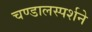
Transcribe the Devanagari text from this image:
चण्डालस्पर्शने